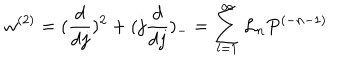
w ^ { ( 2 ) } = ( \frac { d } { d j } ) ^ { 2 } + ( j \frac { d } { d j } ) _ { - } = \sum _ { l = 1 } ^ { \infty } { \cal L } _ { n } P ^ { ( - n - 1 ) }